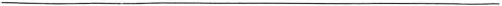
___